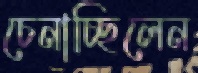
চেনাচ্ছিলেন